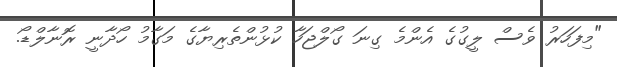
"މިފަހަރު ވެސް ލީގުގެ އެންމެ ގިނަ ގޯލްޖަހާ ކުޅުންތެރިޔާގެ މަގާމު ހޯދާނީ ރޮނާލްޑޯ.